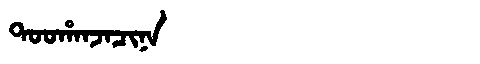
Manchu: ᡨᠣᠣᡥᠠᠨᠵᠠᠴᡳᠨᠠ
Romanization: TOOHANJACINA